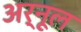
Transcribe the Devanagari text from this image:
अर्नूल